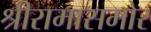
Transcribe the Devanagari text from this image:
श्रीरामासमोर